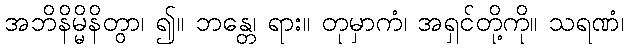
အဘိနိမ္မိနိတွာ၊ ၍။ ဘန္တေ၊ ရား။ တုမှာကံ၊ အရှင်တို့ကို။ သရဏံ၊